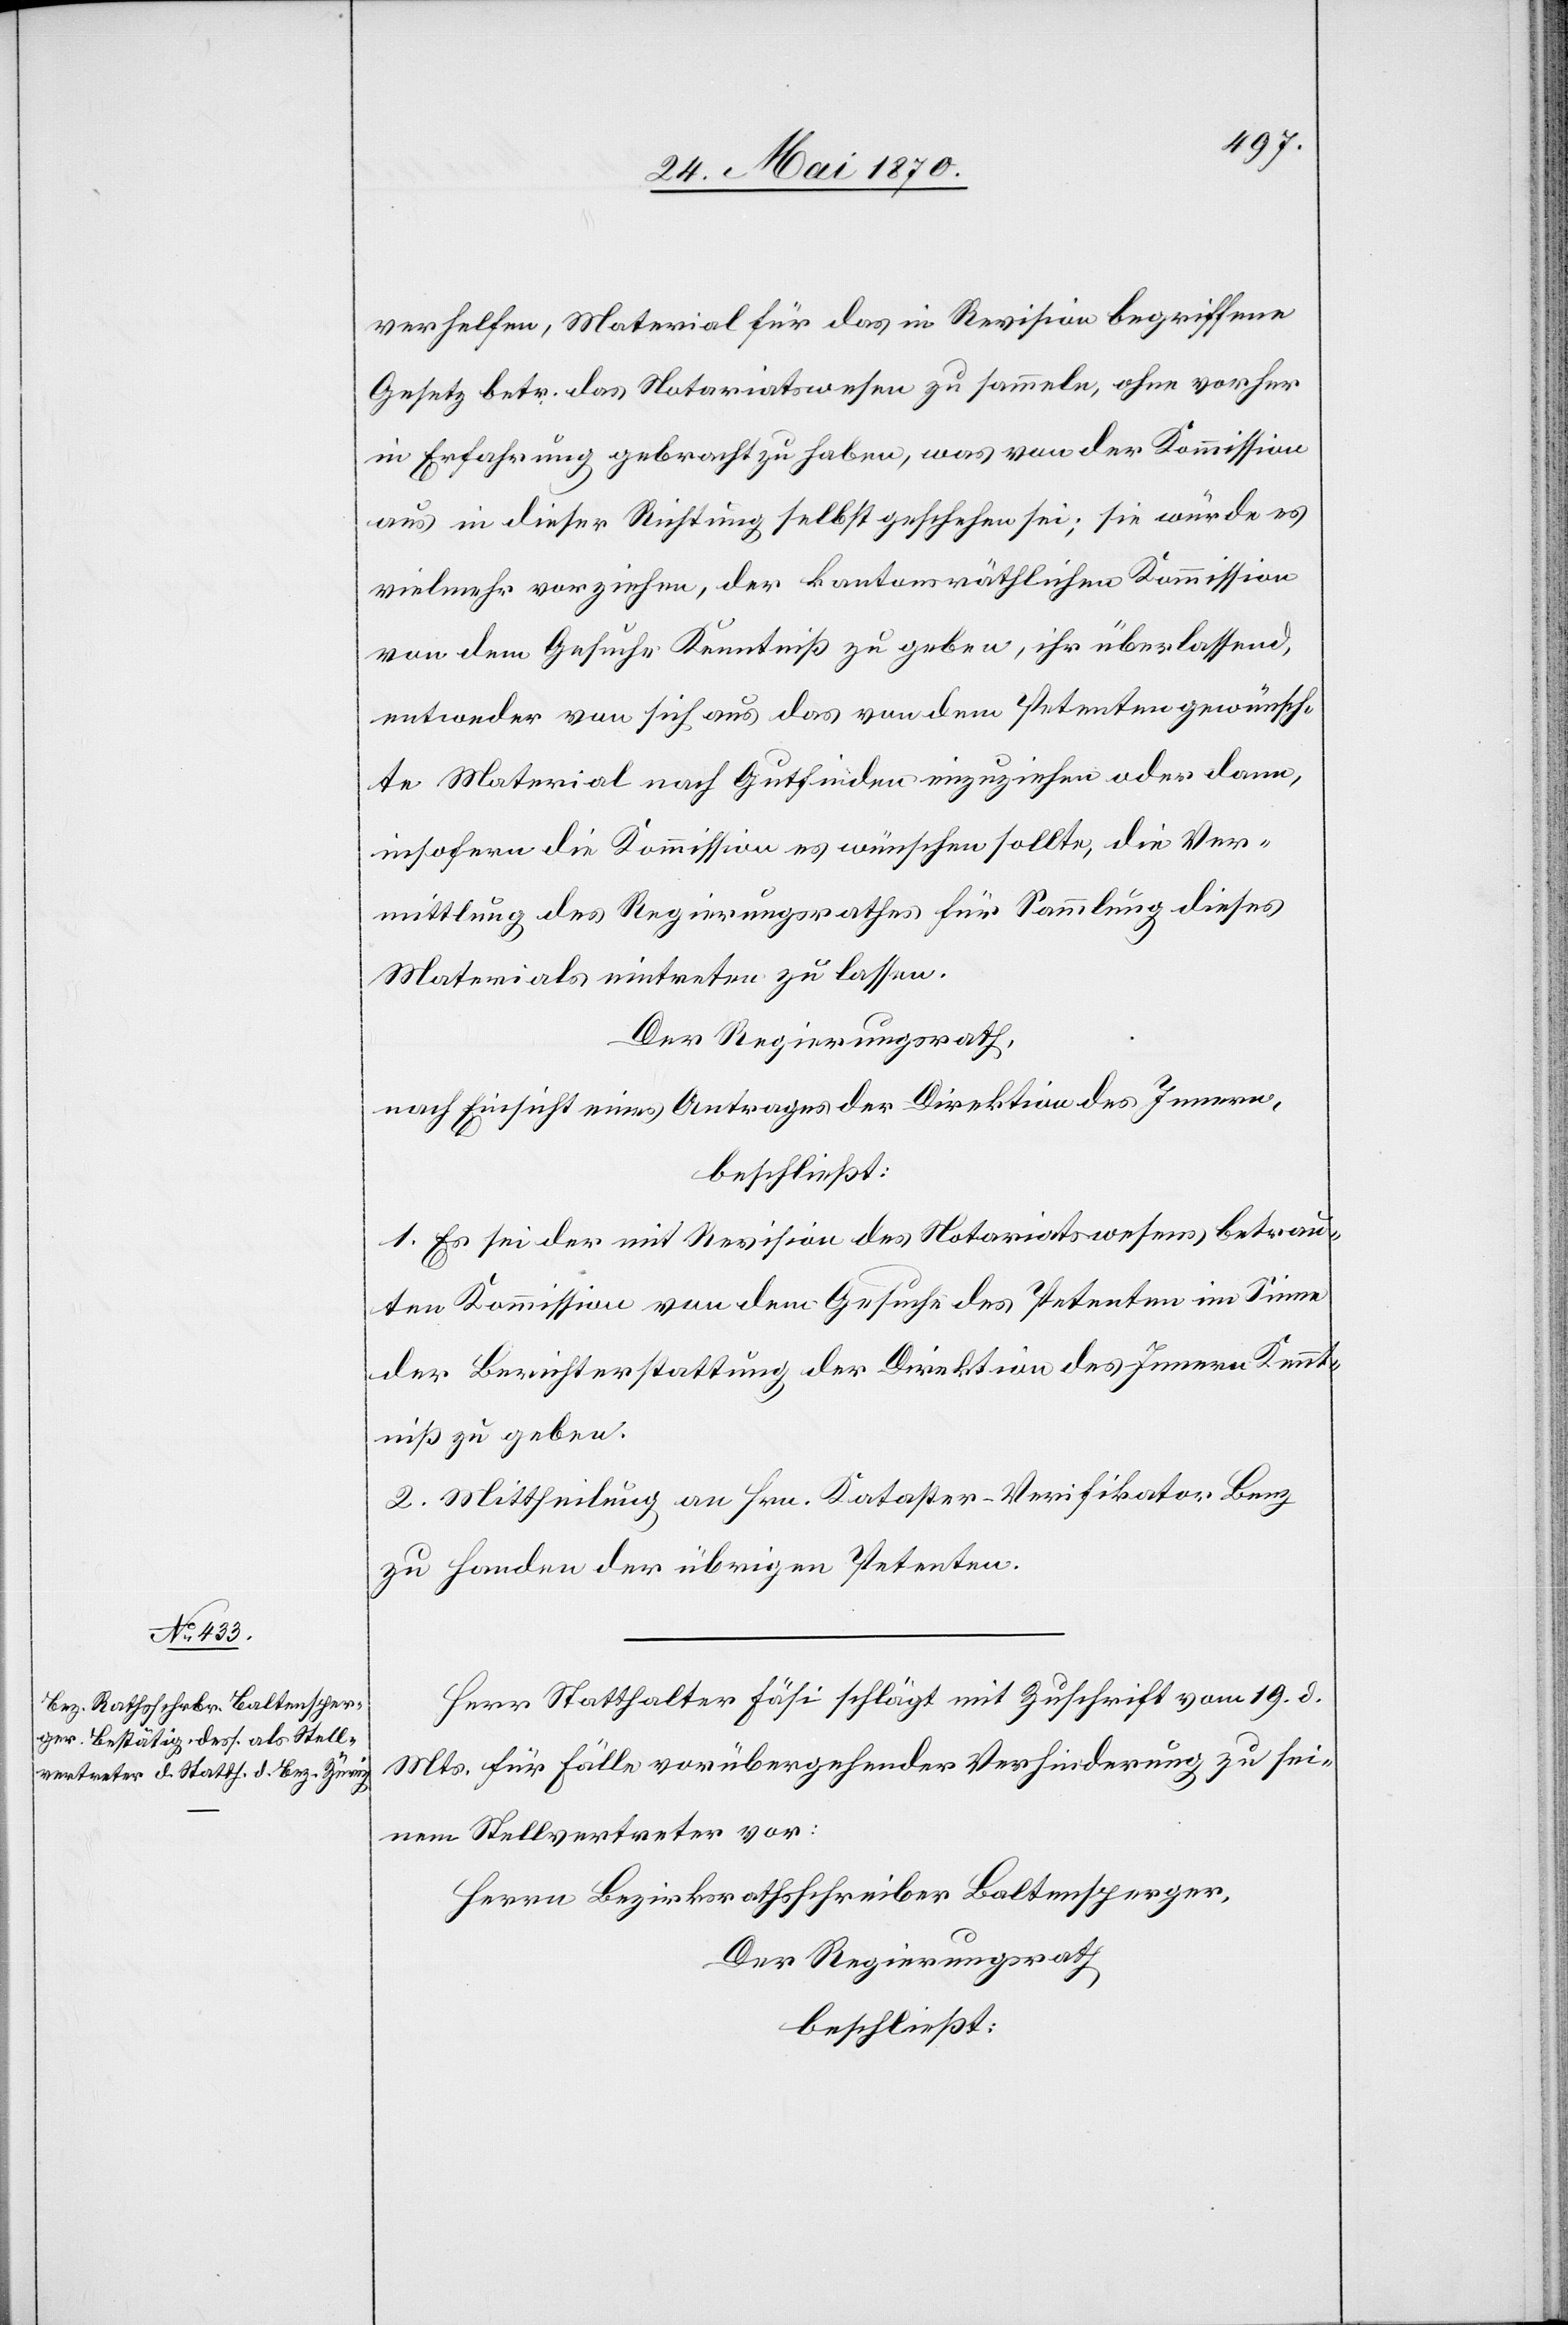
verhelfen, Material für das in Revision begriffene
Gesetz betr. das Notariatswesen zu sammeln, ohne vorher
in Erfahrung gebracht zu haben, was von der Kommission
aus in dieser Richtung selbst geschehen sei; sie würde es
vielmehr vorziehen, der kantonsräthlichen Kommission
von dem Gesuche Kenntniß zu geben, ihr überlassend,
entweder von sich aus das von dem Petenten gewünsch¬
te Material nach Gutfinden einzuziehen oder dann,
insofern die Kommission es wünschen sollte, die Ver¬
mittlung des Regierungsrathes für Sammlung dieses
Materials eintreten zu lassen.
Der Regierungsrath,
nach Einsicht eines Antrages der Direktion des Innern,
beschließt:
1. Es sei der mit Revision des Notariatswesens betrau¬
ten Kommission von dem Gesuche des Petenten im Sinne
der Berichterstattung der Direktion des Innern Kennt¬
niß zu geben.
2. Mittheilung an Hrn. Kataster-Verifikator Benz
zu Handen der übrigen Petenten.
Herrn Statthalter Fäsi schlägt mit Zuschrift vom 19. d.
Mts. für Fälle vorübergehender Verhinderung zu sei¬
nem Stellvertreter vor:
Herrn Bezirksrathsschreiber Baltensperger,
Der Regierungsrath
beschließt: